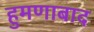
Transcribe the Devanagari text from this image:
हुमणाबाद